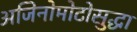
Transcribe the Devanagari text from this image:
अजिनोमोटोसुद्धा